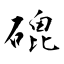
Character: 磇